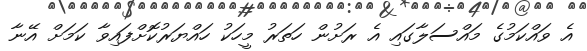
އެ ވައްކަމުގެ މައްސަލާގައި އެ ރަށުން ހަތަރު މީހަކު ހައްޔަރުކޮށްފައިވާ ކަމަށް އޭނާ